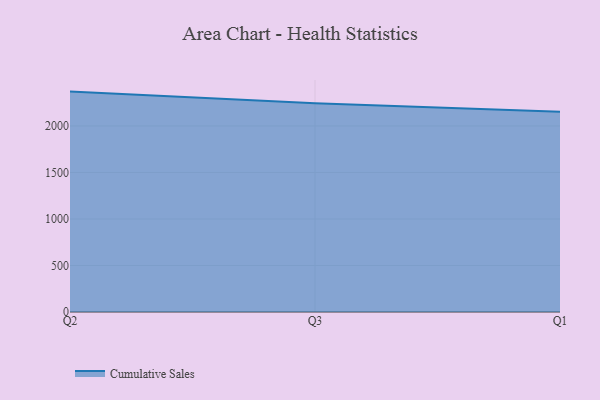
{"axis": {"x": "Quarter", "y": "Humidity (%)"}, "legend": ["Cumulative Sales"], "data": [{"x": "Q2", "y": 2369.4, "type": "Cumulative Sales"}, {"x": "Q3", "y": 2242.9, "type": "Cumulative Sales"}, {"x": "Q1", "y": 2152.2, "type": "Cumulative Sales"}]}